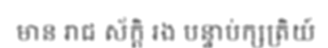
មាន រាជ ស័ក្តិ រង បន្ទាប់ក្សត្រិយ៍